system: You are a helpful assistant.
user:
Analyze the provided spectrum to determine if it is a **"Cataclysmic Variables (CV)"**.

- **Key Indicators for CV (Check for either state):**
    - **State 1: Quiescent / Low-State (Emission-Dominated)**
        - **(Primary):** Strong and *very broad* Hydrogen Balmer emission lines (e.g., $H\alpha$ at 6563 Å, $H\beta$ at 4861 Å). The 'broadness' (high velocity dispersion, often FWHM > 1000 km/s) is the key diagnostic, indicating a high-velocity accretion disk.
        - **(Secondary):** Broad neutral Helium (He I) emission lines (e.g., 5876 Å, 6678 Å).
        - **(Key Confirmation):** Presence of high-excitation *ionized* Helium (He II) emission at 4686 Å. This is a strong indicator of accretion onto a white dwarf.
        - **(Line Profile):** Emission lines may exhibit a 'double-peaked' profile, which is a classic signature of a rotating accretion disk viewed at high inclination.

    - **State 2: Outburst / High-State (Absorption-Dominated)**
        - **(Primary):** Spectrum is dominated by a bright, blue continuum (looks like a hot star).
        - **(Secondary):** The emission lines from State 1 are weak, absent, or 'filled in', and are replaced by broad, shallow *absorption* lines (primarily Balmer and He I).
        - **(Morphology):** The overall spectrum mimics a hot B/A-type star. The crucial difference is that the absorption lines are significantly broader, shallower, and more 'washed-out' (or 'smeared') than the sharp lines of a normal stellar photosphere, due to high rotational speeds and pressure broadening in the disk.

Think first, call **spectral_visualization_tool** if needed to examine features in detail, then provide your final answer. Your response must adhere to the following strict rules:
1.  **Overall Structure:** Your response must follow the format `<think>...</think> <tool_call>...</tool_call> (if a tool is used) <answer>...</answer>`.
2.  **Tool Usage Constraint:** You may only make **one** tool call per turn.
3.  **Final Answer Format:** In the `<answer>` tag, your conclusion must be inside a `\boxed{}` command (e.g., `\boxed{YES}`), followed by your justification.

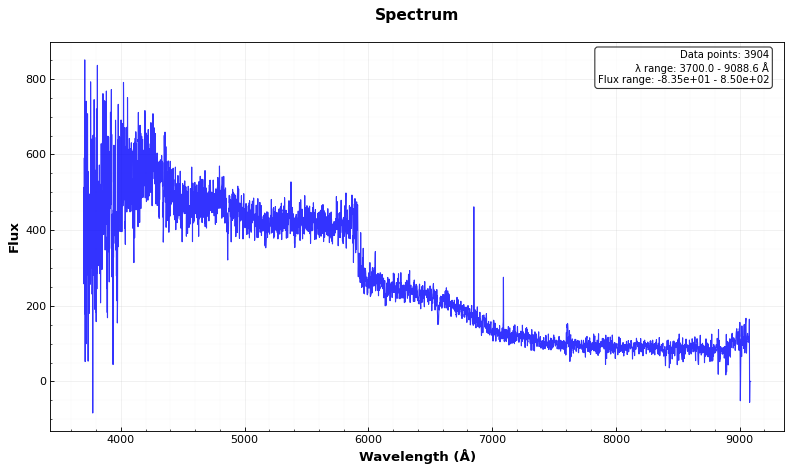
Answer: NO